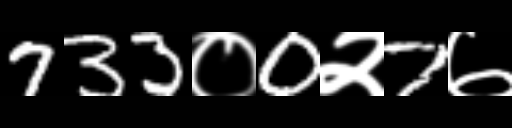
Text: 733०0२7७